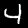
Label: 4